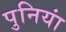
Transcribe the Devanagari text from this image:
पुनियां